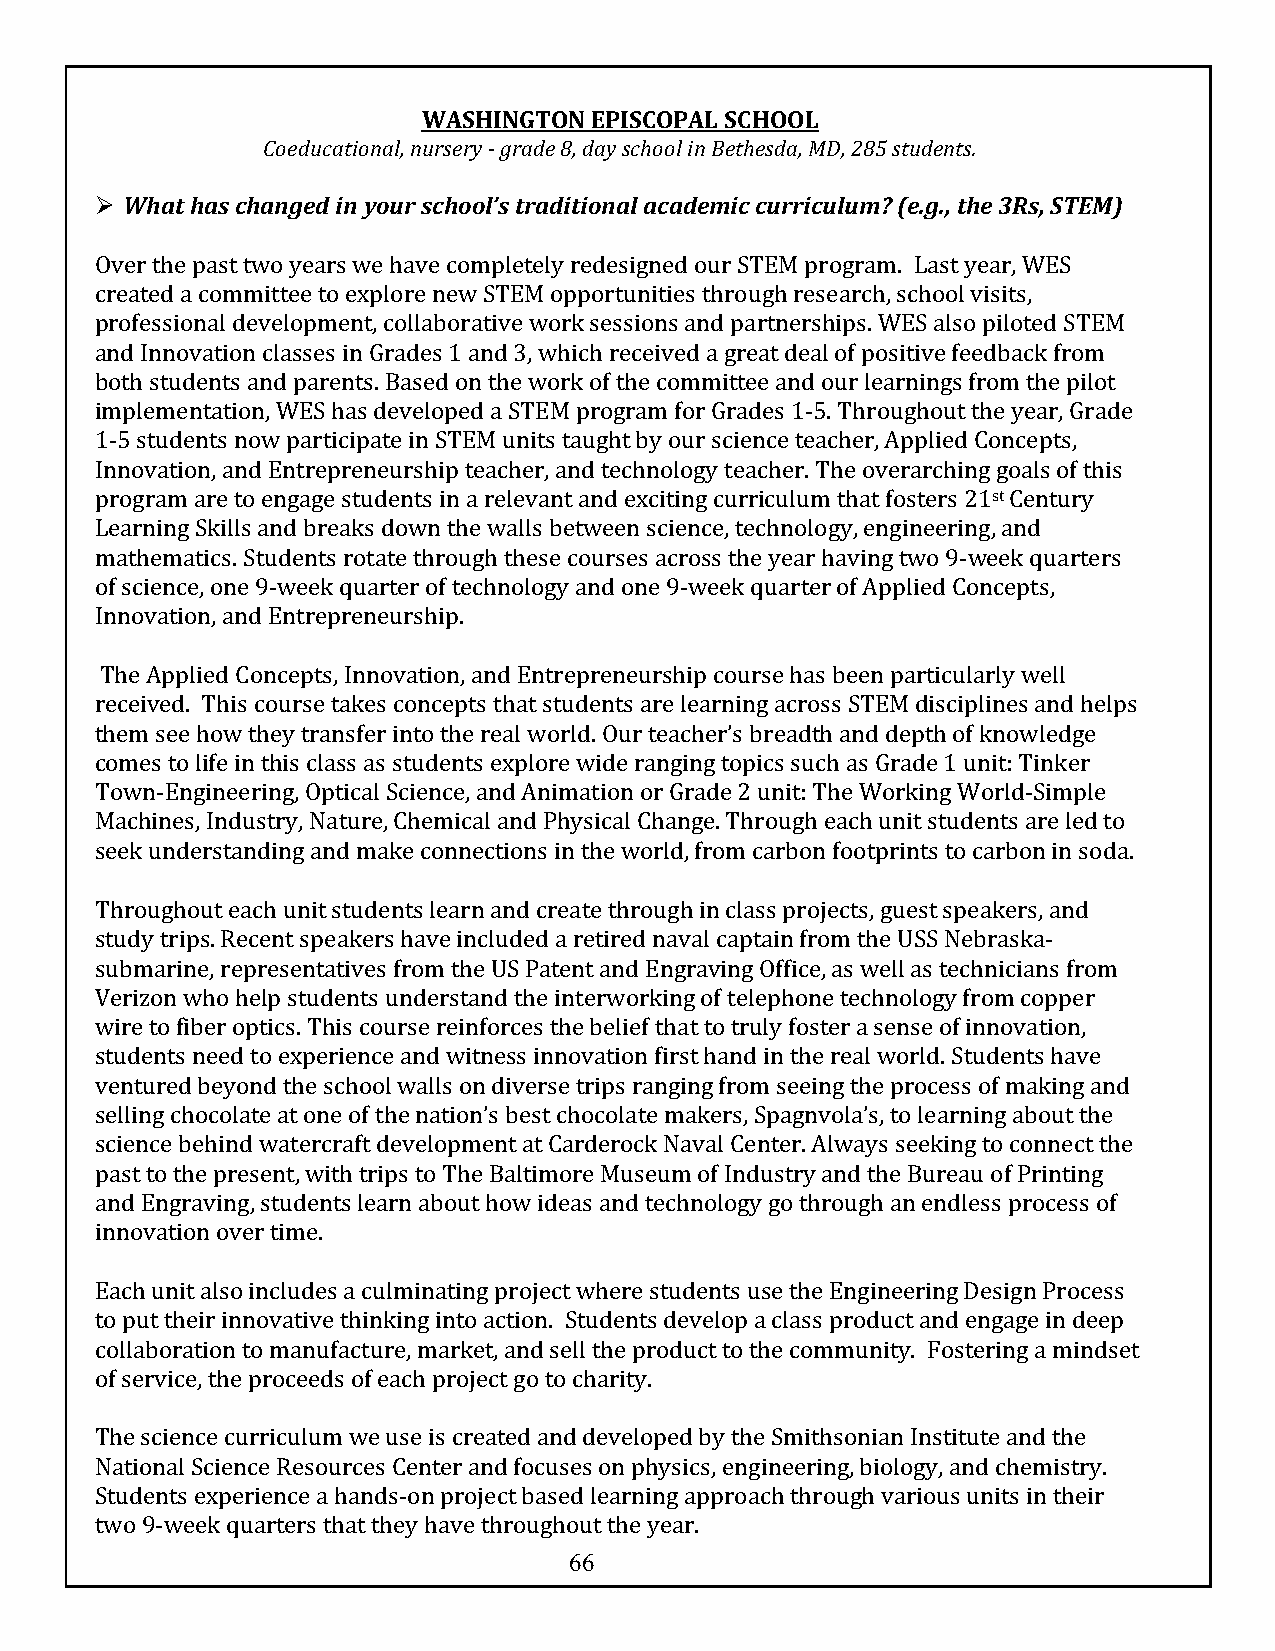
WASHINGTON EPISCOPAL SCHOOL
 Coeducational, nursery - grade 8, day school in Bethesda, MD, 285 students.
 Ø What has changed in your school’s traditional academic curriculum? (e.g., the 3Rs, STEM)
 Over the past two years we have completely redesigned our STEM program. Last year, WES
 created a committee to explore new STEM opportunities through research, school visits,
 professional development, collaborative work sessions and partnerships. WES also piloted STEM
 and Innovation classes in Grades 1 and 3, which received a great deal of positive feedback from
 both students and parents. Based on the work of the committee and our learnings from the pilot
 implementation, WES has developed a STEM program for Grades 1-5. Throughout the year, Grade
 1-5 students now participate in STEM units taught by our science teacher, Applied Concepts,
 Innovation, and Entrepreneurship teacher, and technology teacher. The overarching goals of this
 program are to engage students in a relevant and exciting curriculum that fosters 21st Century
 Learning Skills and breaks down the walls between science, technology, engineering, and
 mathematics. Students rotate through these courses across the year having two 9-week quarters
 of science, one 9-week quarter of technology and one 9-week quarter of Applied Concepts,
 Innovation, and Entrepreneurship.
 The Applied Concepts, Innovation, and Entrepreneurship course has been particularly well
 received. This course takes concepts that students are learning across STEM disciplines and helps
 them see how they transfer into the real world. Our teacher’s breadth and depth of knowledge
 comes to life in this class as students explore wide ranging topics such as Grade 1 unit: Tinker
 Town-Engineering, Optical Science, and Animation or Grade 2 unit: The Working World-Simple
 Machines, Industry, Nature, Chemical and Physical Change. Through each unit students are led to
 seek understanding and make connections in the world, from carbon footprints to carbon in soda.
 Throughout each unit students learn and create through in class projects, guest speakers, and
 study trips. Recent speakers have included a retired naval captain from the USS Nebraska-
 submarine, representatives from the US Patent and Engraving Office, as well as technicians from
 Verizon who help students understand the interworking of telephone technology from copper
 wire to fiber optics. This course reinforces the belief that to truly foster a sense of innovation,
 students need to experience and witness innovation first hand in the real world. Students have
 ventured beyond the school walls on diverse trips ranging from seeing the process of making and
 selling chocolate at one of the nation’s best chocolate makers, Spagnvola’s, to learning about the
 science behind watercraft development at Carderock Naval Center. Always seeking to connect the
 past to the present, with trips to The Baltimore Museum of Industry and the Bureau of Printing
 and Engraving, students learn about how ideas and technology go through an endless process of
 innovation over time.
 Each unit also includes a culminating project where students use the Engineering Design Process
 to put their innovative thinking into action. Students develop a class product and engage in deep
 collaboration to manufacture, market, and sell the product to the community. Fostering a mindset
 of service, the proceeds of each project go to charity.
 The science curriculum we use is created and developed by the Smithsonian Institute and the
 National Science Resources Center and focuses on physics, engineering, biology, and chemistry.
 Students experience a hands-on project based learning approach through various units in their
 two 9-week quarters that they have throughout the year.
 66